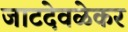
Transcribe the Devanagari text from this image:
जाटदेवळेकर